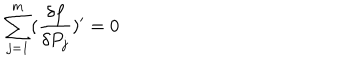
\sum _ { j = 1 } ^ { m } ( \frac { \delta f } { \delta P _ { j } } ) ^ { \prime } = 0